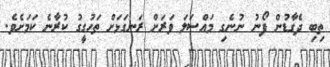
ތިބި ދެގާޑުން ފޯނު ނުނެގި މައްސަލަ ވަރަށް ރަނގަޅަށް ތަހުގީގު ކުރާނެ ކަމަށެވެ.